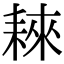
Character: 𦓹